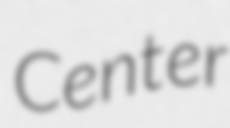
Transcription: Center